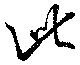
此